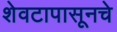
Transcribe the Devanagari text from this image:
शेवटापासूनचे